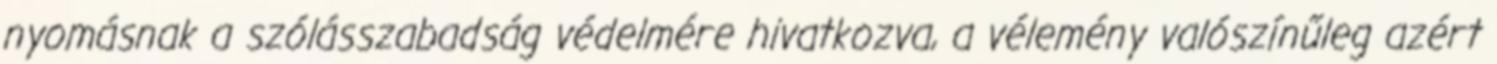
nyomásnak a szólásszabadság védelmére hivatkozva, a vélemény valószínűleg azért